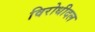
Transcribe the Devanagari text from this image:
विरोधीदल